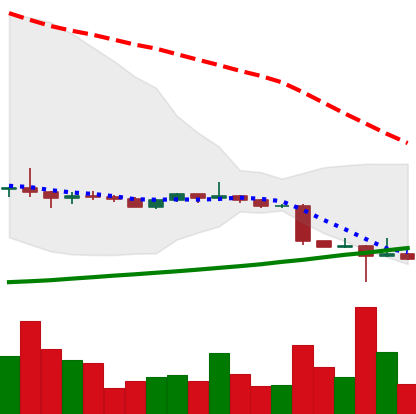
Ticker: ETC-USD
Chart end date: 2022-10-15
Forward return: -4.815%
Label: down_3_5